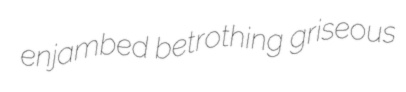
enjambed betrothing griseous